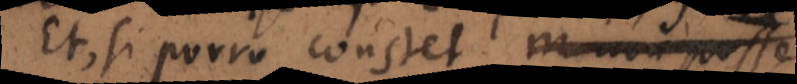
Et, si porro constet m non posse